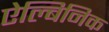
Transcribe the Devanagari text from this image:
ऐल्बिनिक